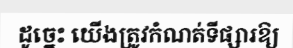
ដូច្នេះ យើងត្រូវកំណត់ទីផ្សារឱ្យ